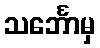
သင်္ဘောမှ